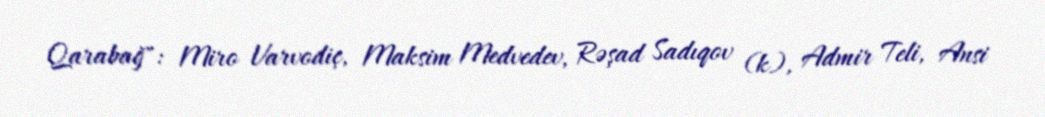
Qarabağ": Miro Varvodiç, Maksim Medvedev, Rəşad Sadıqov (k), Admir Teli, Ansi